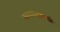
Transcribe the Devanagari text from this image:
सगळ्यामध्ये